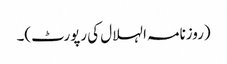
(روزنامہ الہلال کی رپورٹ)۔